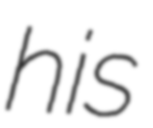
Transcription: his